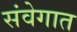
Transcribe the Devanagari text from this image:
संवेगात